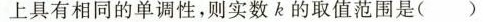
上具有相同的单调性，则实数k的取值范围是( )